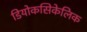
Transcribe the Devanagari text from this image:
डियोकसिकेलिक